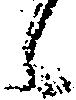
候